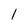
Character: l